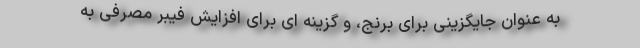
به عنوان جایگزینی برای برنج، و گزینه ای برای افزایش فیبر مصرفی به